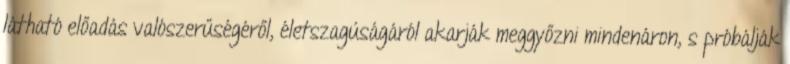
látható előadás valószerűségéről, életszagúságáról akarják meggyőzni mindenáron, s próbálják